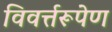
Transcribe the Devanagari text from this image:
विवर्त्तरूपेण